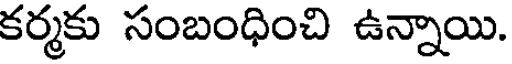
కర్మకు సంబంధించి ఉన్నాయి.